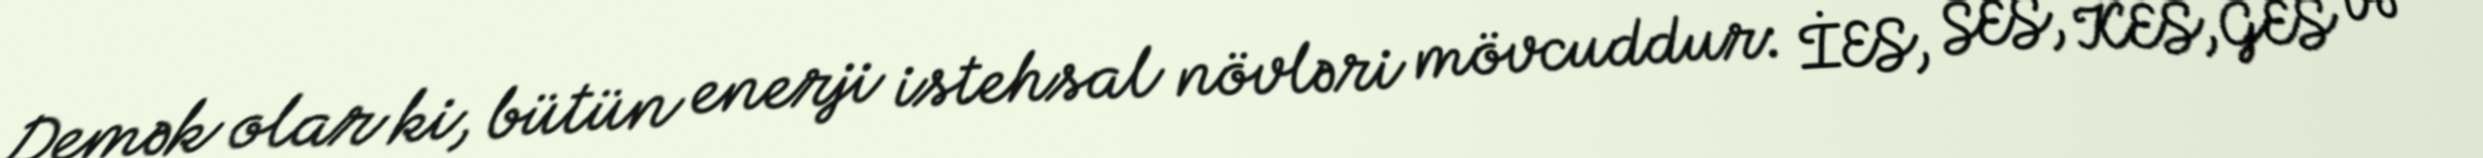
Demək olar ki, bütün enerji istehsal növləri mövcuddur: İES, SES, KES,GES və